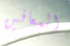
المعاقين